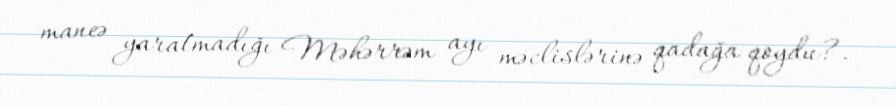
maneə yaratmadığı Məhərrəm ayı məclislərinə qadağa qoydu?.